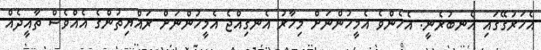
އެހަރުގޭގައި އެނބުރެނީ. އެހެންވެ އެމީހުންނަށް މިހާރު އެނގިއްޖެ އެމީހުންނަށް ރައްޔިތުންގެ އެއްވެސް ތާއީދެއް